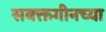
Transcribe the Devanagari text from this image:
सबक्तगीनच्या